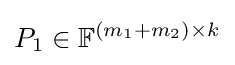
P_{1}\in \mathbb {F} ^{(m_{1}+m_{2})\times k}